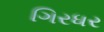
ગિરધર